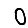
Digit: 0